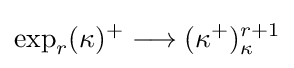
\exp _{r}(\kappa )^{+}\longrightarrow (\kappa ^{+})_{\kappa }^{r+1}